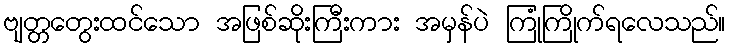
ဗျတ္တတွေးထင်သော အဖြစ်ဆိုးကြီးကား အမှန်ပဲ ကြုံကြိုက်ရလေသည်။